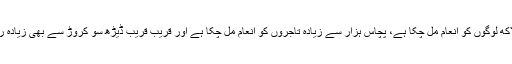
اور یہ خوشی کی بات ہے کہ اب تک ‘ڈیجی دھن یوجنا’ کے تحت دس لاکھ لوگوں کو انعام مل چکا ہے، پچاس ہزار سے زیادہ تاجروں کو انعام مل چکا ہے اور قریب قریب ڈیڑھ سو کروڑ سے بھی زیادہ رقم اس انعام میں، اس عظیم مہم کو آگے بڑھانے والے لوگوں کو ملا ہے۔